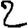
Digit: 2